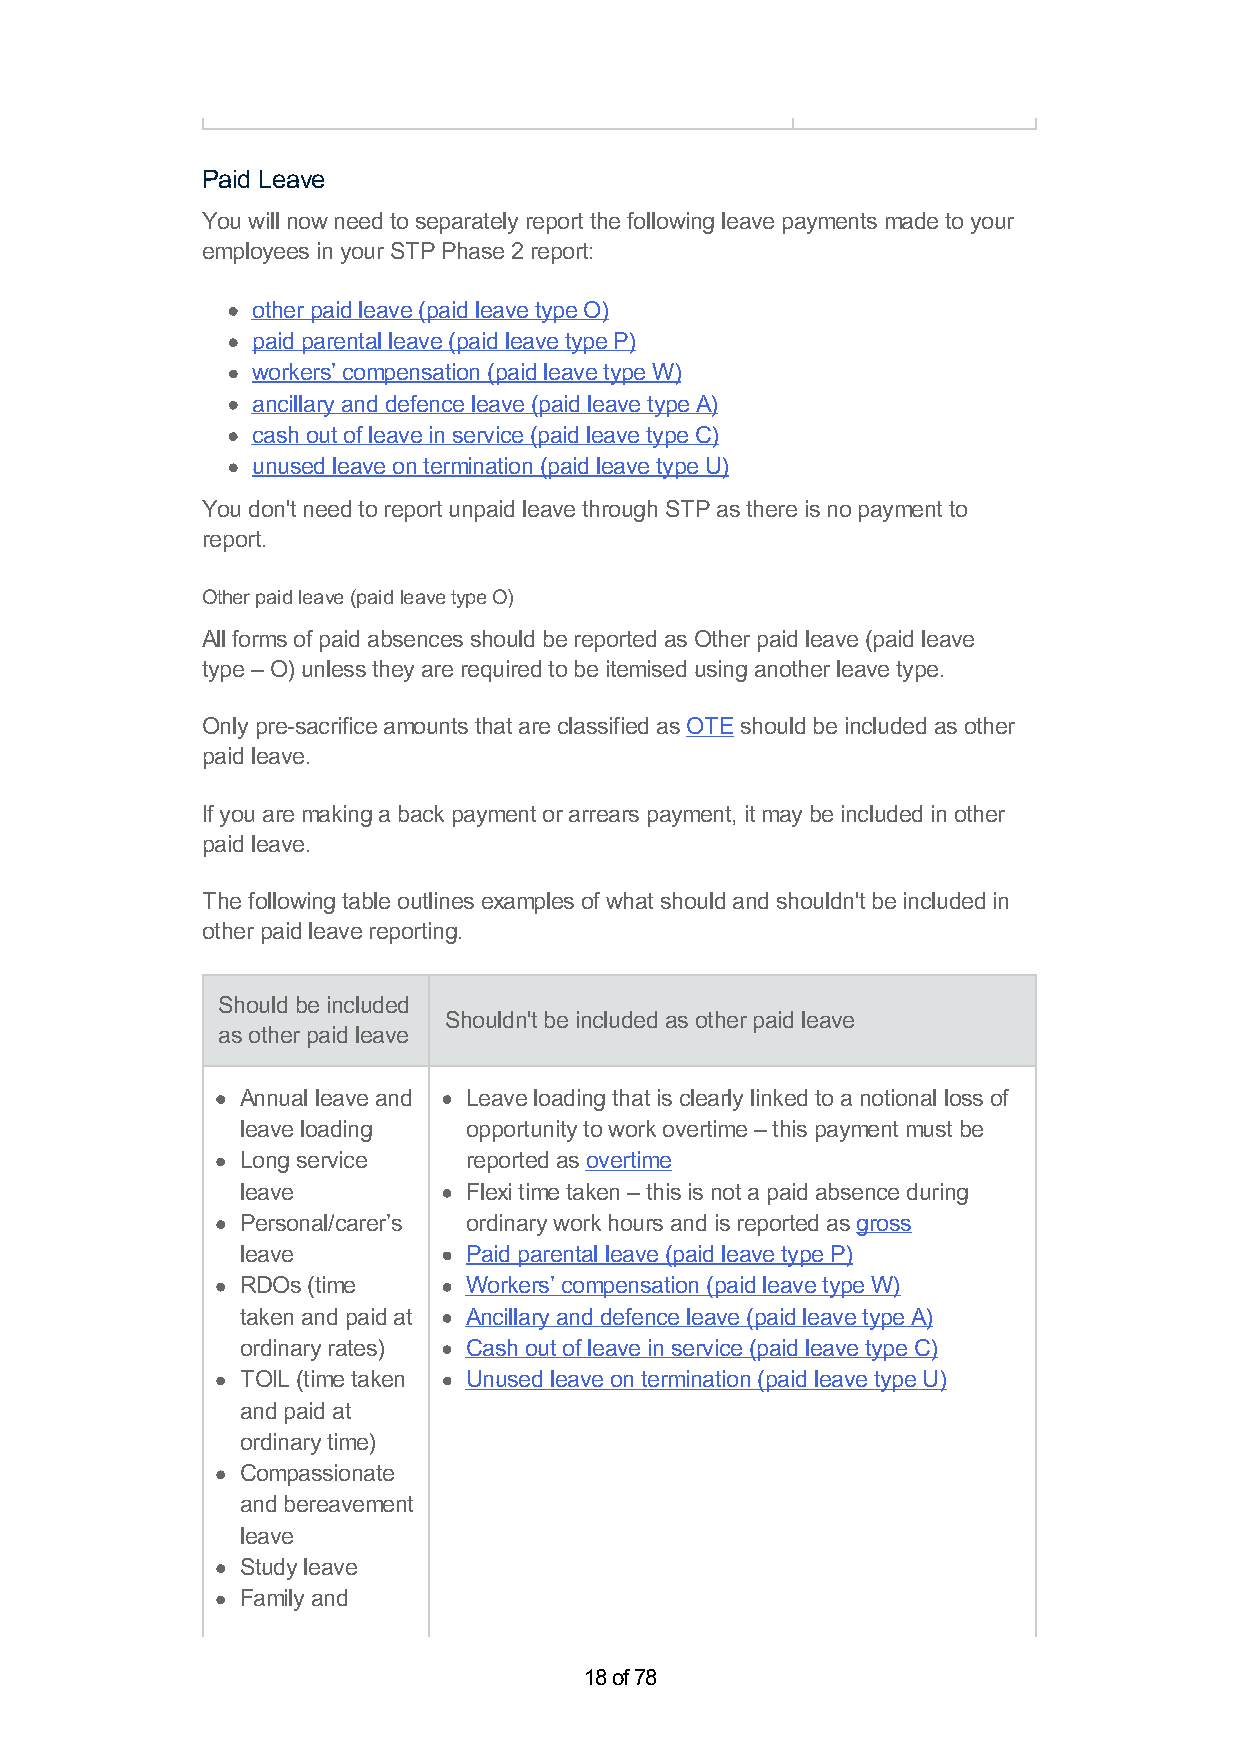
Paid Leave
 You will now need to separately report the following leave payments made to your
 employees in your STP Phase 2 report:
 other paid leave (paid leave type O)
 paid parental leave (paid leave type P)
 workers’ compensation (paid leave type W)
 ancillary and defence leave (paid leave type A)
 cash out of leave in service (paid leave type C)
 unused leave on termination (paid leave type U)
 You don't need to report unpaid leave through STP as there is no payment to
 report.
 Other paid leave (paid leave type O)
 All forms of paid absences should be reported as Other paid leave (paid leave
 type – O) unless they are required to be itemised using another leave type.
 Only pre-sacrifice amounts that are classified as OTE should be included as other
 paid leave.
 If you are making a back payment or arrears payment, it may be included in other
 paid leave.
 The following table outlines examples of what should and shouldn't be included in
 other paid leave reporting.
 Should be included
 Shouldn't be included as other paid leave
 as other paid leave
 Annual leave and Leave loading that is clearly linked to a notional loss of
 leave loading  opportunity to work overtime – this payment must be
 Long service   reported as overtime
 leave          Flexi time taken – this is not a paid absence during
 Personal/carer’s ordinary work hours and is reported as gross
 leave          Paid parental leave (paid leave type P)
 RDOs (time     Workers’ compensation (paid leave type W)
 taken and paid at Ancillary and defence leave (paid leave type A)
 ordinary rates) Cash out of leave in service (paid leave type C)
 TOIL (time taken Unused leave on termination (paid leave type U)
 and paid at
 ordinary time)
 Compassionate
 and bereavement
 leave
 Study leave
 Family and
 18 of 78